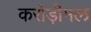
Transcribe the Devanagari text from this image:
करोड़ीमल